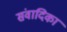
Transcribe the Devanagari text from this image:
संवादिका